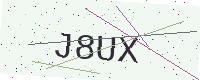
Text: J8UX